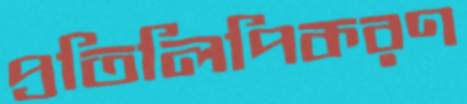
প্রতিলিপিকরণ